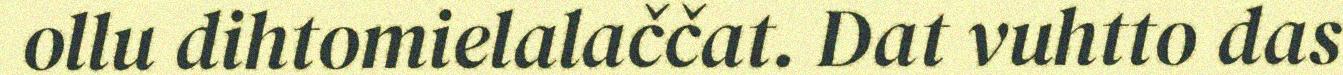
ollu dihtomielalaččat. Dat vuhtto das